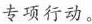
专项行动。